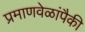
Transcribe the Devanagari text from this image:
प्रमाणवेळांपैकी